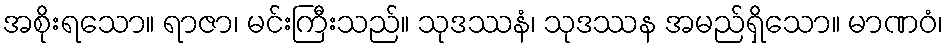
အစိုးရသော။ ရာဇာ၊ မင်းကြီးသည်။ သုဒဿနံ၊ သုဒဿန အမည်ရှိသော။ မာဏဝံ၊